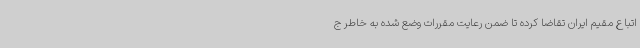
اتباع مقیم ایران تقاضا کرده تا ضمن رعایت مقررات وضع شده به خاطر ج